Account of plague administration in the Bombay Presidency from September 1896 till May 1897
Year: 1896
Disease focus: Plague
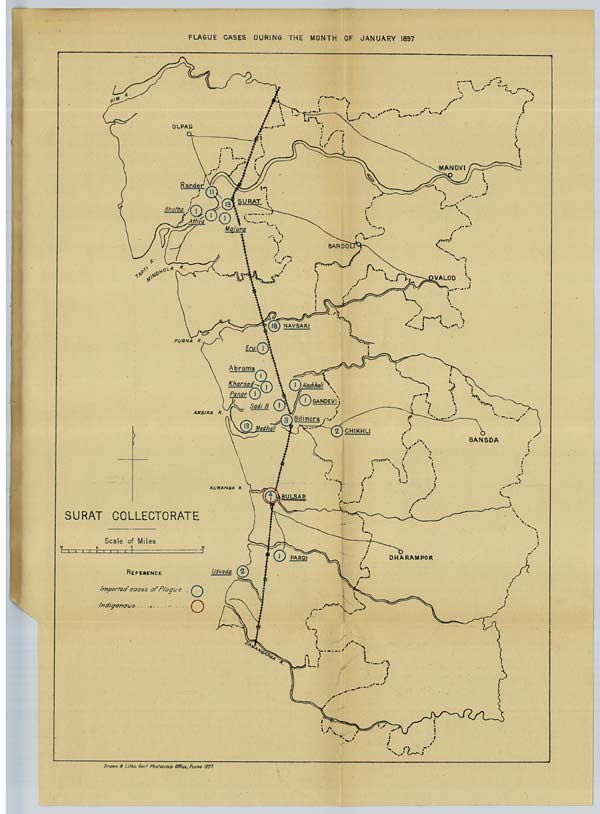
PLAGUE CASES DURING THE MONTH OF JANUARY 1897
Drawn & Litho: Govt. Photozinco: Office, Poona 1897.